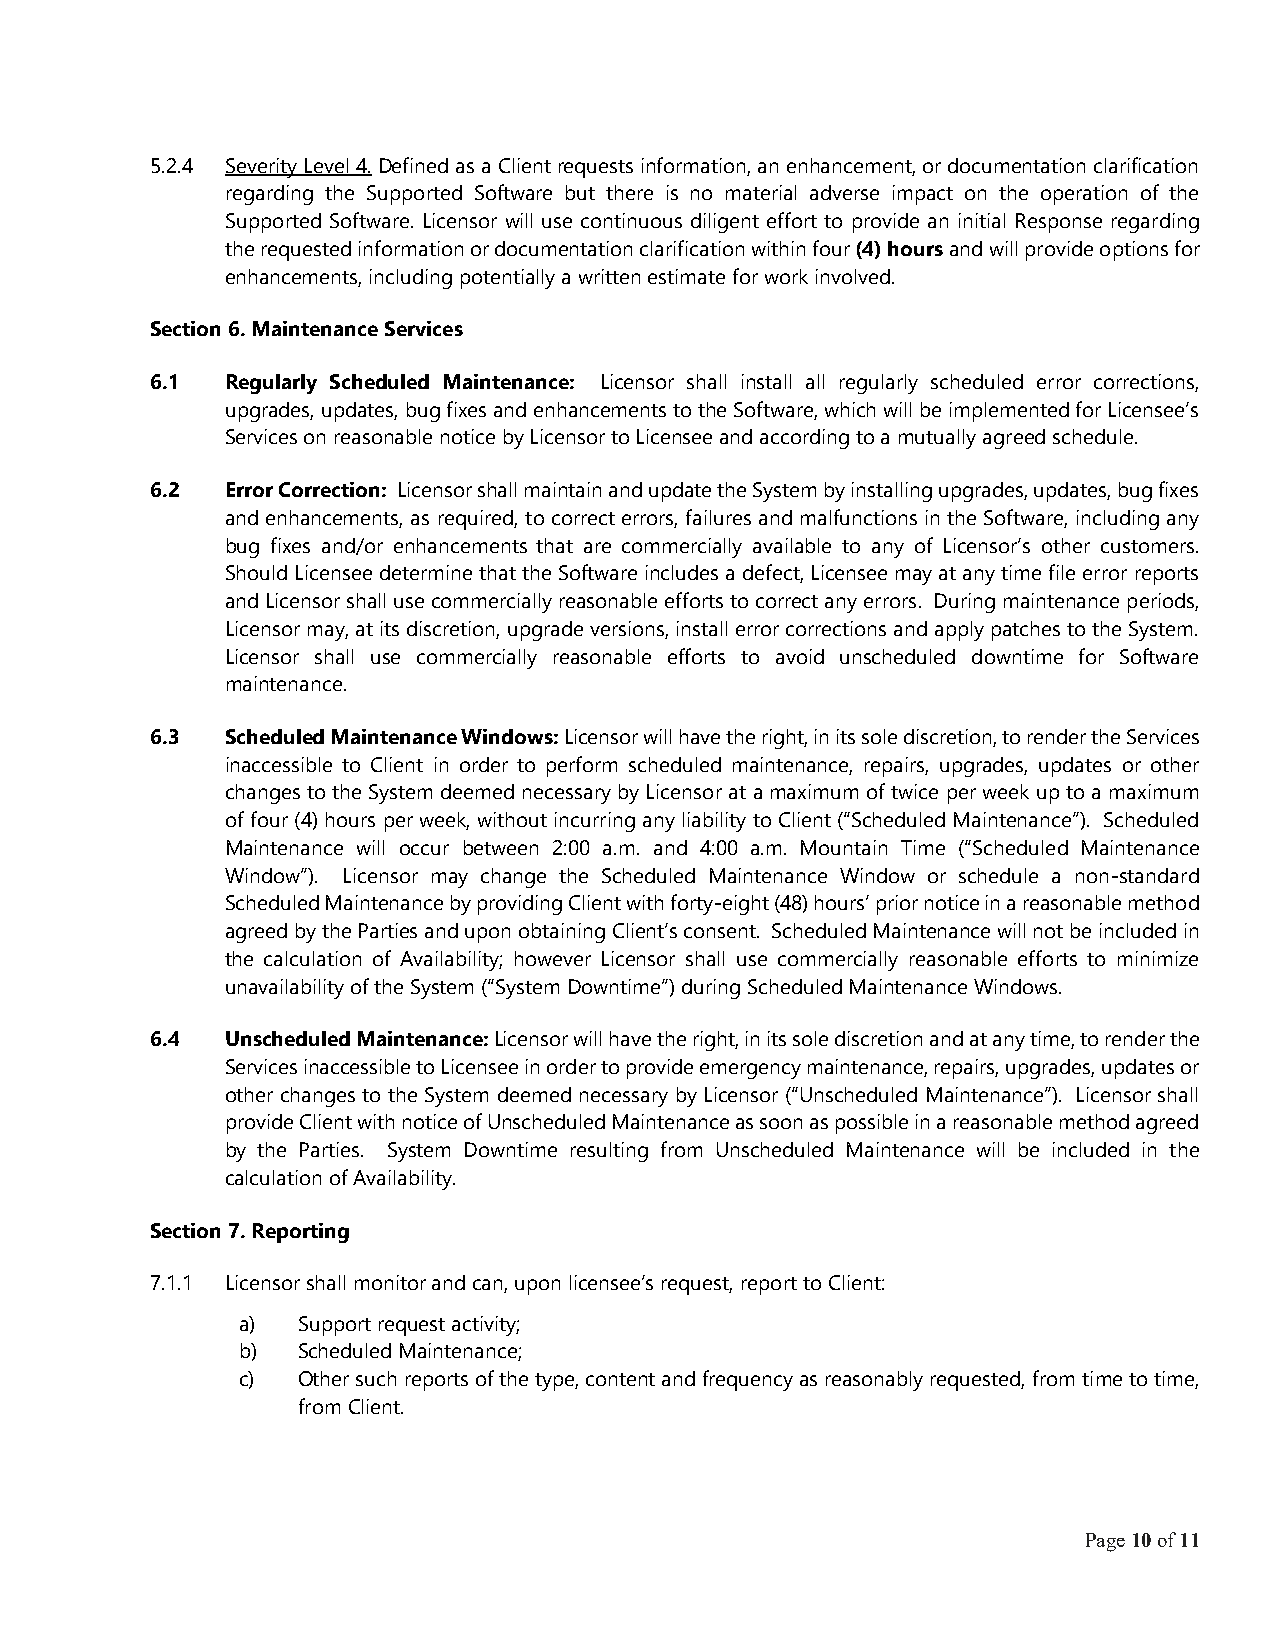
5.2.4 Severity Level 4. Defined as a Client requests information, an enhancement, or documentation clarification
 regarding the Supported Software but there is no material adverse impact on the operation of the
 Supported Software. Licensor will use continuous diligent effort to provide an initial Response regarding
 the requested information or documentation clarification within four (4) hours and will provide options for
 enhancements, including potentially a written estimate for work involved.
 Section 6. Maintenance Services
 6.1  Regularly Scheduled Maintenance: Licensor shall install all regularly scheduled error corrections,
 upgrades, updates, bug fixes and enhancements to the Software, which will be implemented for Licensee’s
 Services on reasonable notice by Licensor to Licensee and according to a mutually agreed schedule.
 6.2  Error Correction: Licensor shall maintain and update the System by installing upgrades, updates, bug fixes
 and enhancements, as required, to correct errors, failures and malfunctions in the Software, including any
 bug fixes and/or enhancements that are commercially available to any of Licensor’s other customers.
 Should Licensee determine that the Software includes a defect, Licensee may at any time file error reports
 and Licensor shall use commercially reasonable efforts to correct any errors. During maintenance periods,
 Licensor may, at its discretion, upgrade versions, install error corrections and apply patches to the System.
 Licensor shall use commercially reasonable efforts to avoid unscheduled downtime for Software
 maintenance.
 6.3  Scheduled Maintenance Windows: Licensor will have the right, in its sole discretion, to render the Services
 inaccessible to Client in order to perform scheduled maintenance, repairs, upgrades, updates or other
 changes to the System deemed necessary by Licensor at a maximum of twice per week up to a maximum
 of four (4) hours per week, without incurring any liability to Client (“Scheduled Maintenance”). Scheduled
 Maintenance will occur between 2:00 a.m. and 4:00 a.m. Mountain Time (“Scheduled Maintenance
 Window”). Licensor may change the Scheduled Maintenance Window or schedule a non-standard
 Scheduled Maintenance by providing Client with forty-eight (48) hours’ prior notice in a reasonable method
 agreed by the Parties and upon obtaining Client’s consent. Scheduled Maintenance will not be included in
 the calculation of Availability; however Licensor shall use commercially reasonable efforts to minimize
 unavailability of the System (“System Downtime”) during Scheduled Maintenance Windows.
 6.4  Unscheduled Maintenance: Licensor will have the right, in its sole discretion and at any time, to render the
 Services inaccessible to Licensee in order to provide emergency maintenance, repairs, upgrades, updates or
 other changes to the System deemed necessary by Licensor (“Unscheduled Maintenance”). Licensor shall
 provide Client with notice of Unscheduled Maintenance as soon as possible in a reasonable method agreed
 by the Parties. System Downtime resulting from Unscheduled Maintenance will be included in the
 calculation of Availability.
 Section 7. Reporting
 7.1.1 Licensor shall monitor and can, upon licensee’s request, report to Client:
 a)  Support request activity;
 b)  Scheduled Maintenance;
 c)  Other such reports of the type, content and frequency as reasonably requested, from time to time,
 from Client.
 Page 10 of 11